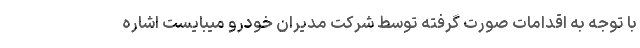
با توجه به اقدامات صورت گرفته توسط شرکت مدیران خودرو میبایست اشاره